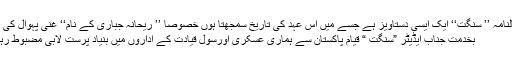
سالنامہ ’’ سنگت‘‘ ایک ایسی دستاویز ہے جسے میں اس عہد کی تاریخ سمجھتا ہوں خصوصاً ’’ ریحانہ جباری کے نام‘‘ غنی پہوال کی ...
بخدمت جناب ایڈیٹر ”سنگت “ قیام پاکستان سے ہماری عسکری اورسول قیادت کے اداروں میں بنیاد پرست لابی مضبوط رہی۔